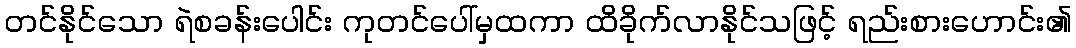
တင်နိုင်သော ရဲစခန်းပေါင်း ကုတင်ပေါ်မှထကာ ထိခိုက်လာနိုင်သဖြင့် ရည်းစားဟောင်း၏